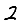
Digit: 2